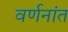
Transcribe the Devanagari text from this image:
वर्णनांत